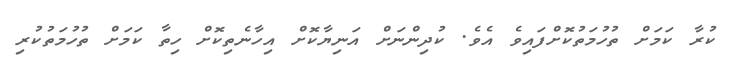
ކުރާ ކަމަށް ތުހުމަތުކޮށްފައިވެ އެވެ. ކުދިންނަށް އަނިޔާކޮށް އިހާނެތިކޮށް ހިތާ ކަމަށް ތުހުމަތުކުރި